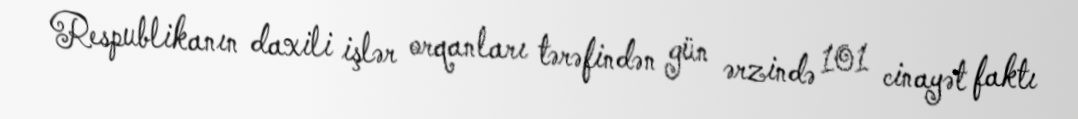
Respublikanın daxili işlər orqanları tərəfindən gün ərzində 101 cinayət faktı